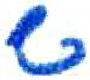
אות: ש